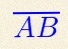
\overline{AB}